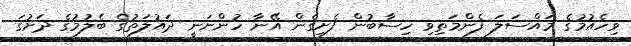
ވިހެއުމުގެ މައްސަލަ ފެންމަތިވި ހިސާބުން ފެށިގެން އޭނާ ހުންނަނީ ދައުލަތުގެ ބެލުމުގެ ދަށުގަ